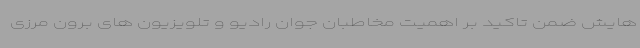
هایش ضمن تاکید بر اهمیت مخاطبان جوان رادیو و تلویزیون های برون مرزی